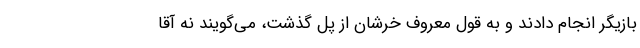
بازیگر انجام دادند و به قول معروف خرشان از پل گذشت، می‌گویند نه آقا